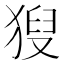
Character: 𤟚